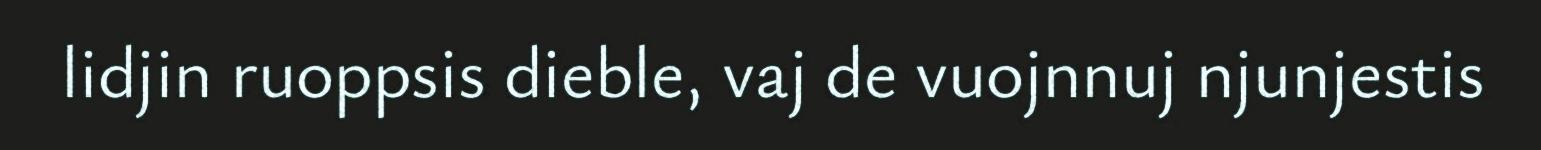
lidjin ruoppsis dieble, vaj de vuojnnuj njunjestis